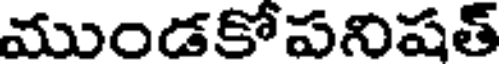
ముండకోపనిషత్